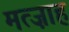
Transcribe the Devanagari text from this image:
मत्ज़ाह